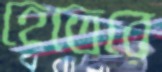
হেতেরে